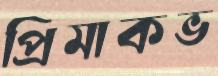
প্রিমাকভ